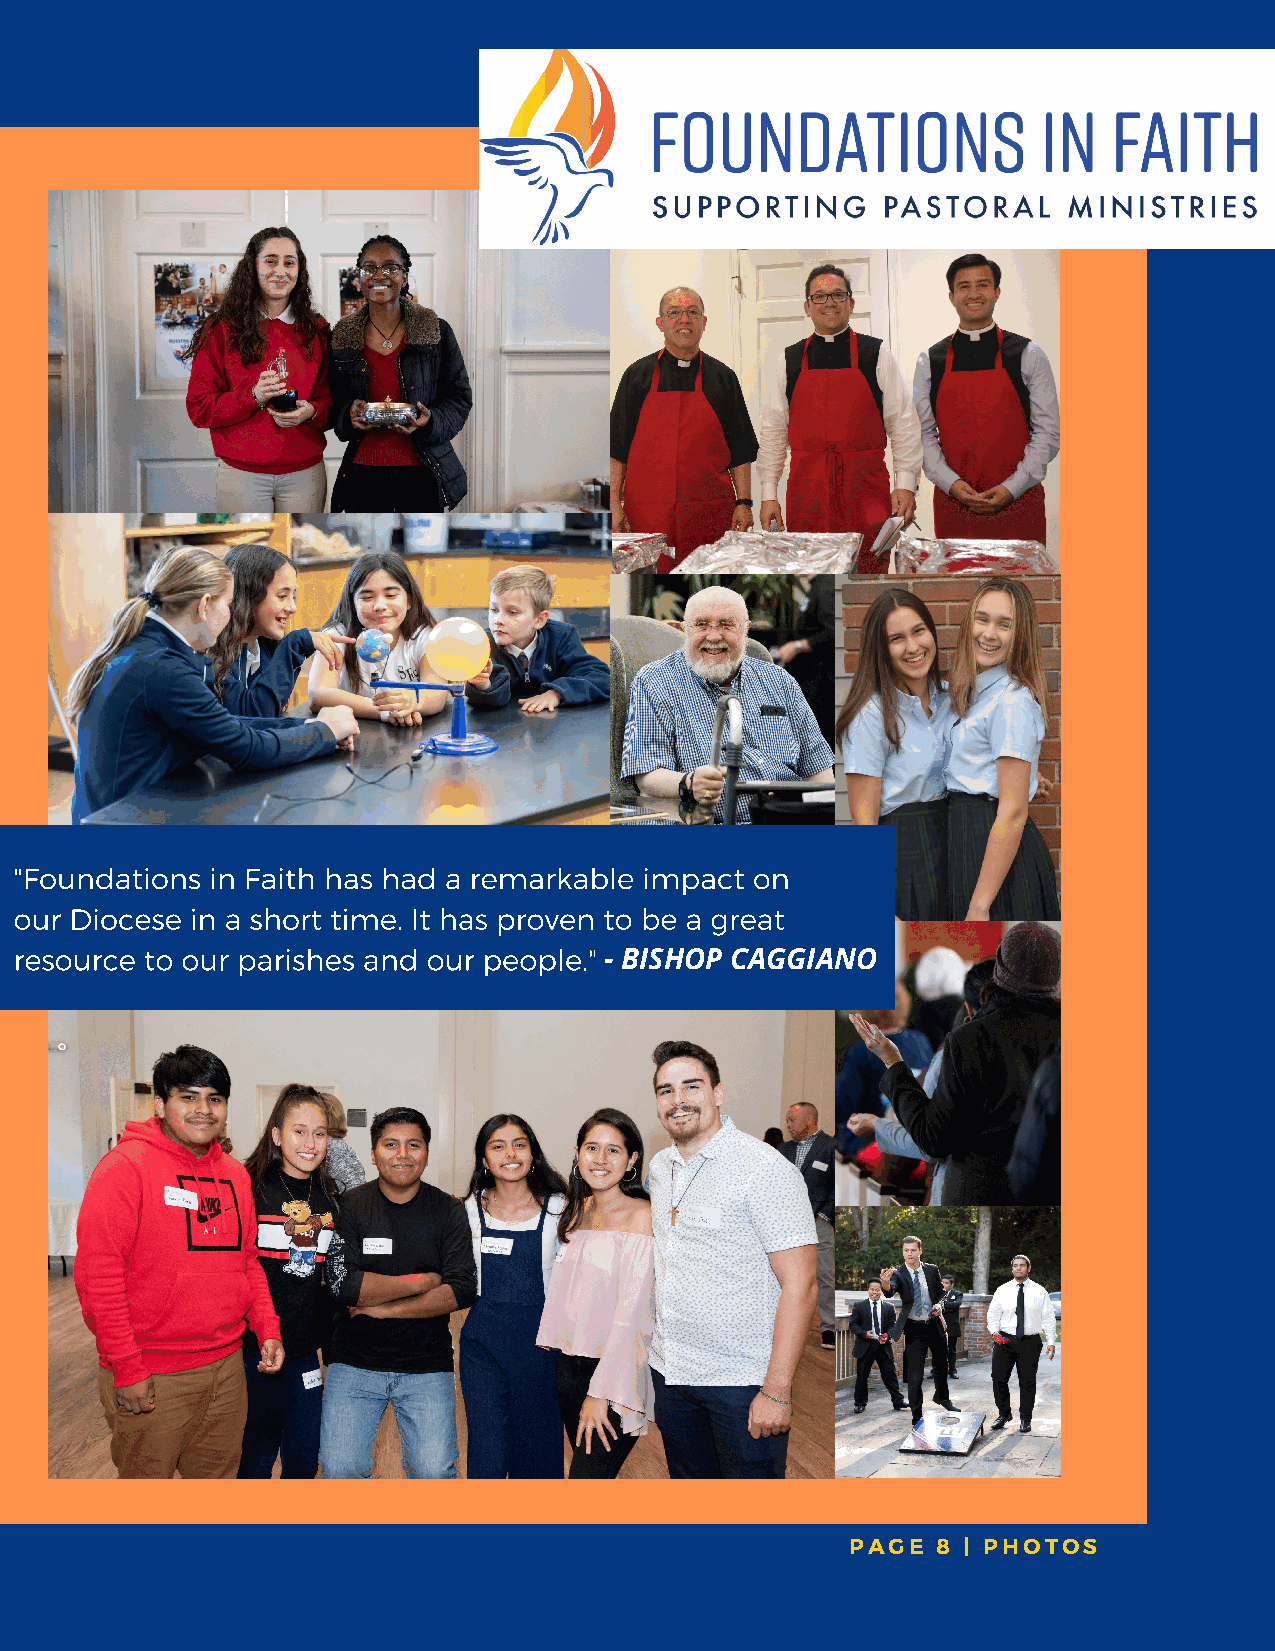
"Foundations in Faith has had a remarkable impact on
 our Diocese in a short time. It has proven to be a great
 resource to our parishes and our people."
 - BISHOP CAGGIANO
 PAGE  8 | PHOTOS